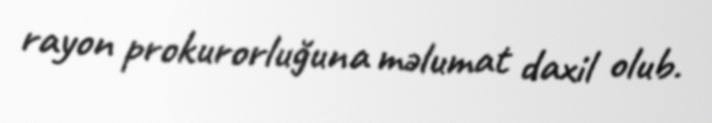
rayon prokurorluğuna məlumat daxil olub.